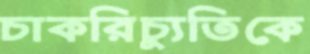
চাকরিচ্যুতিকে